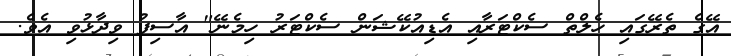
އޭގެ ތެރޭގައި ހެލްތް ސެކްޓަރާއި އެޑިއުކޭޝަން ސެކްޓަރު ހިމެނޭ" އާސިފު ވިދާޅުވި އެވެ.